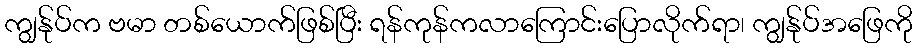
ကျွန်ုပ်က ဗမာ တစ်ယောက်ဖြစ်ပြီး ရန်ကုန်ကလာကြောင်းပြောလိုက်ရာ၊ ကျွန်ုပ်အဖြေကို